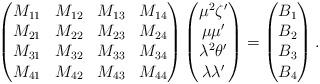
LaTeX: \begin{align*} \begin{pmatrix} M_{11} & M_{12} & M_{13} & M_{14} \\ M_{21} & M_{22} & M_{23} & M_{24} \\ M_{31} & M_{32} & M_{33} & M_{34} \\ M_{41} & M_{42} & M_{43} & M_{44} \end{pmatrix} \begin{pmatrix}\mu^2 \zeta' \\ \mu \mu' \\ \lambda^2 \theta' \\ \lambda\lambda'\end{pmatrix} = \begin{pmatrix}B_1 \\ B_2 \\ B_3 \\ B_4 \end{pmatrix}. \end{align*}